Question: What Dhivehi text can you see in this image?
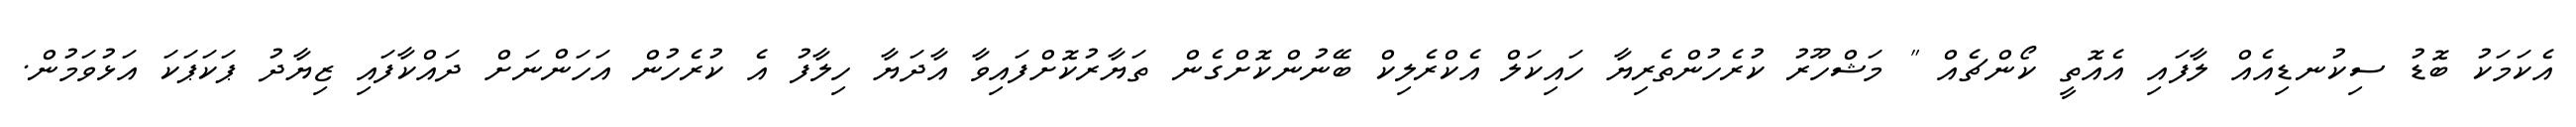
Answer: އެކަމަކު ބޮޑު ސިކުނޑިއެއް ލާފައި އެއޮތީ ކޯންޗެއް " މަޝްހޫރު ކުރެހުންތެރިޔާ ހައިކަލް އެކްރެލިކް ބޭނުންކޮށްގެން ތަޔާރުކޮށްފައިވާ އާދަޔާ ހިލާފު އެ ކުރެހުން އަހަންނަށް ދައްކާފައި ޒިޔާދު ޕަކަޕަކަ އަޅުވަމުން.